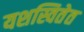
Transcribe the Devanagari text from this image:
यशस्वितेत